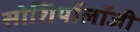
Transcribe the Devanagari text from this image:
सोशियॉलॉजी